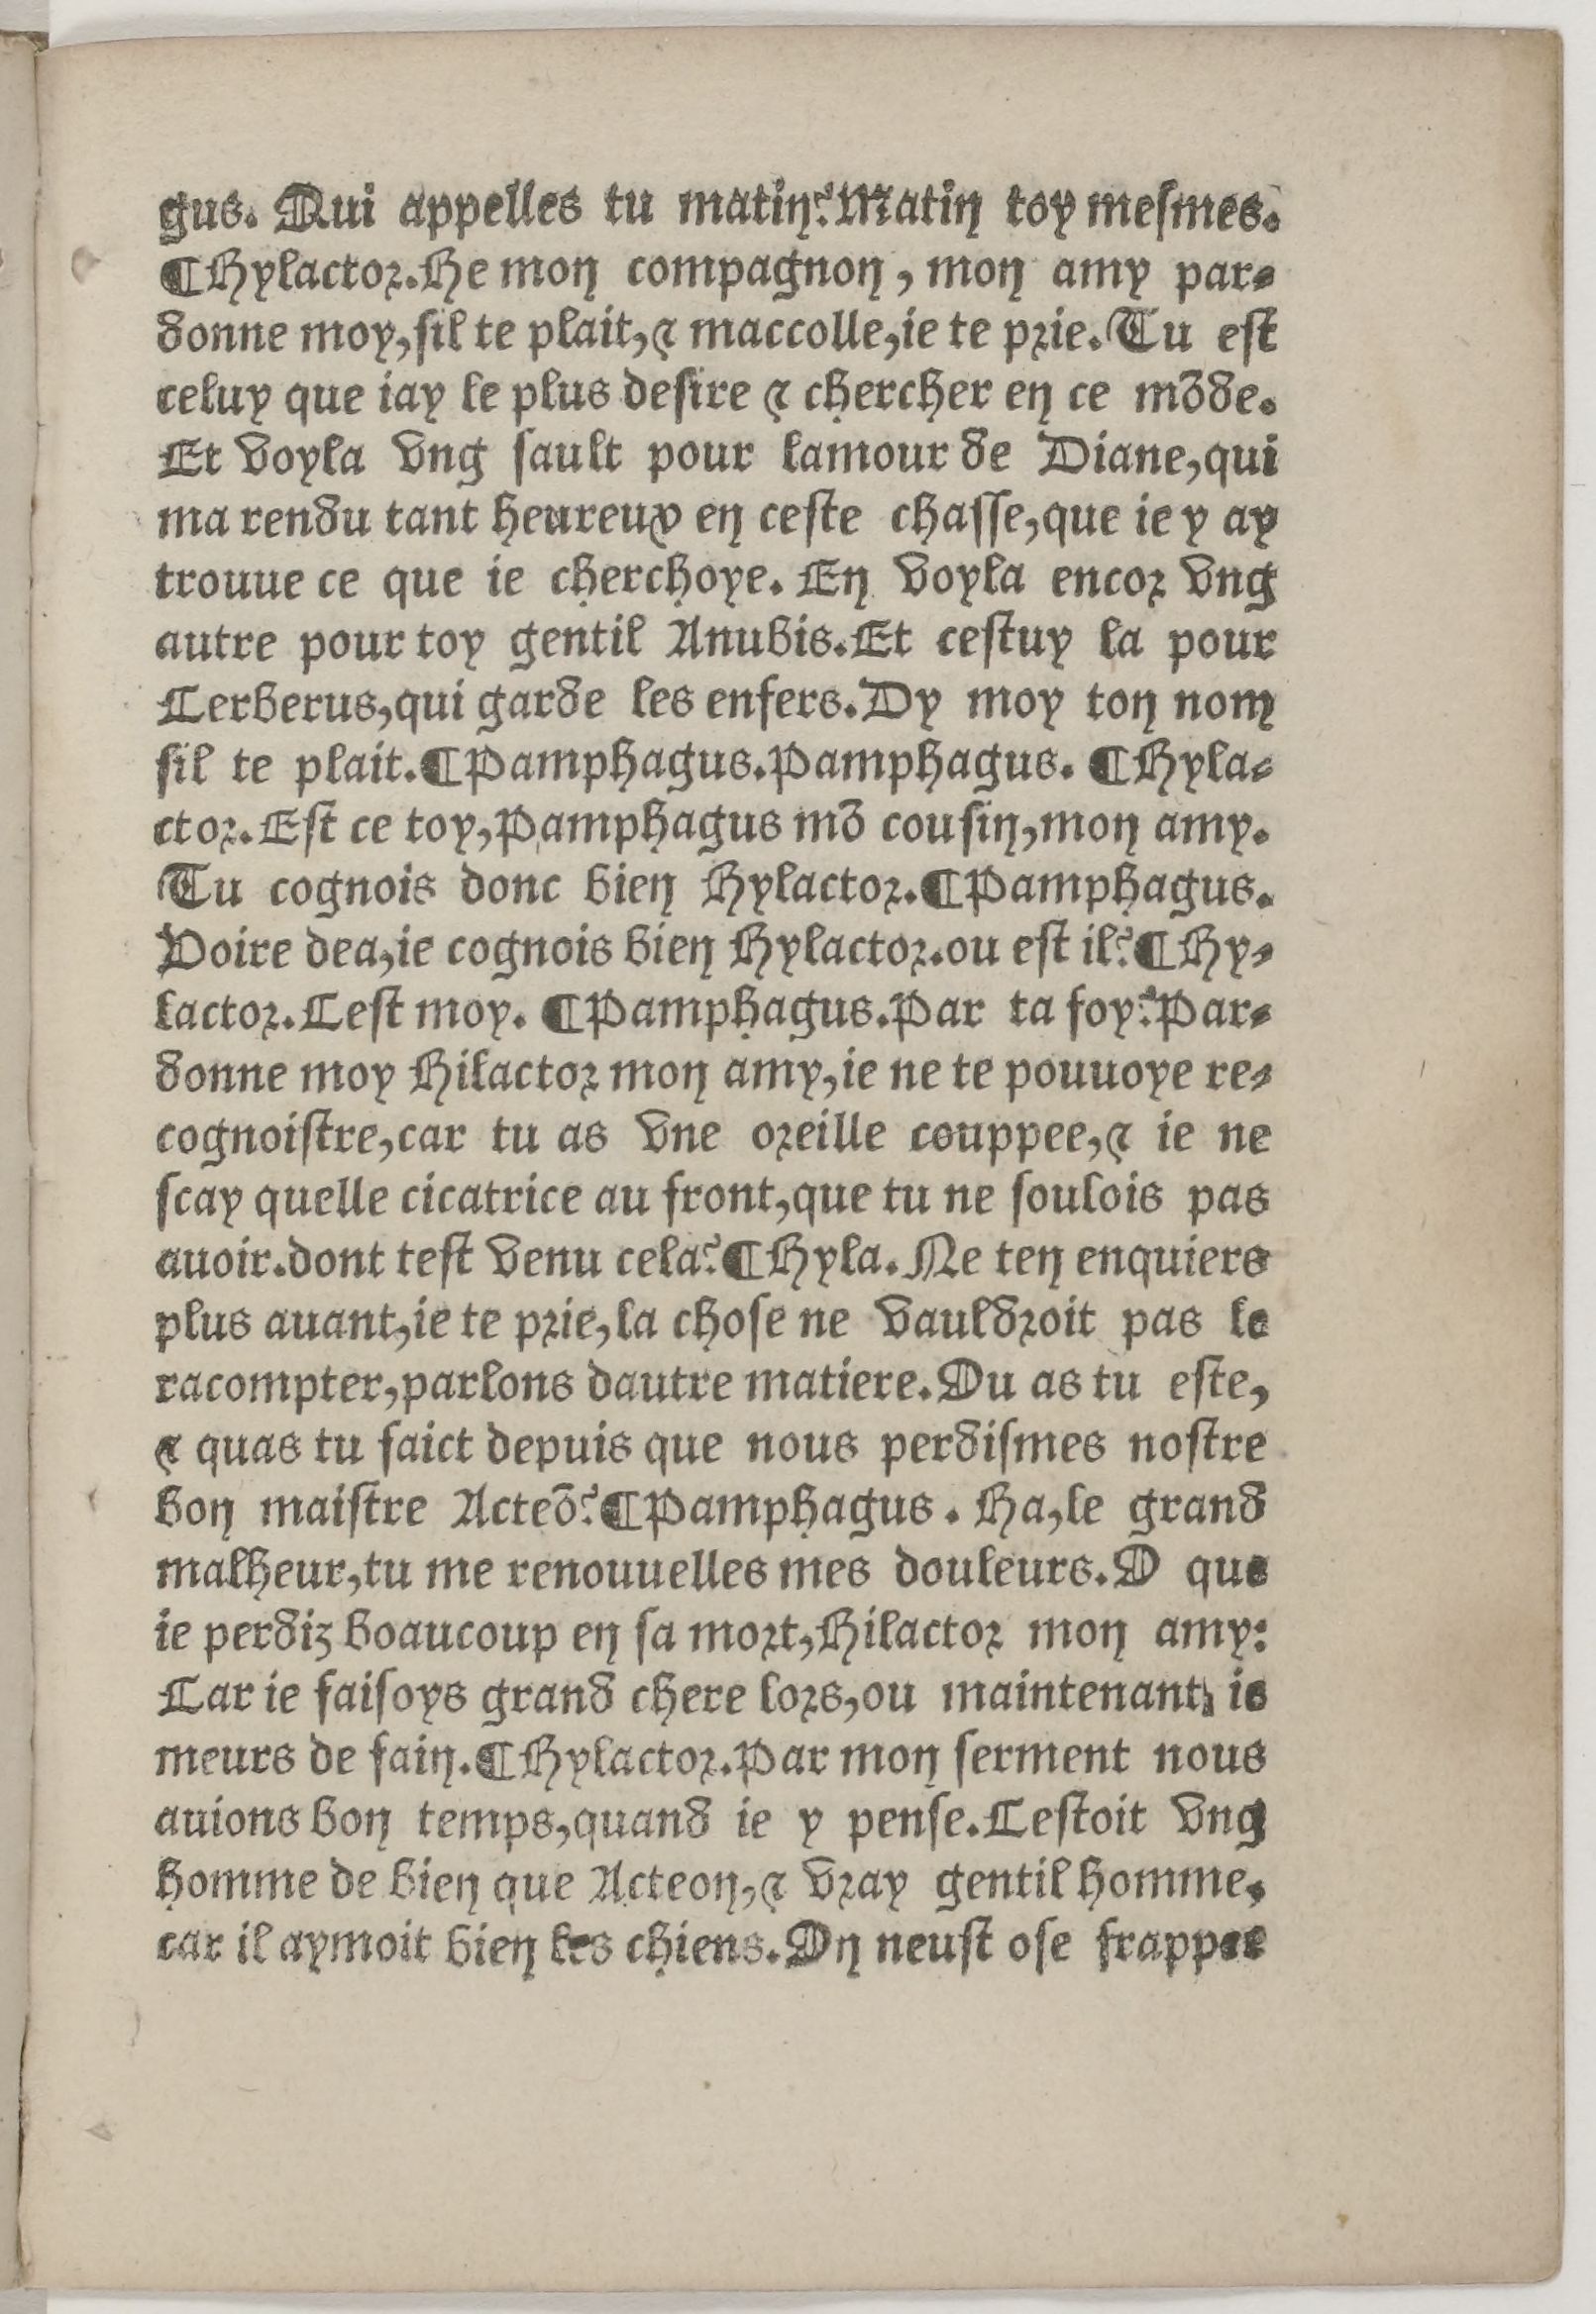
Shelfmark: Paris, BnF, Rés. Z-2442
Century: 16